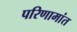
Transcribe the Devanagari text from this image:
परिणामांत